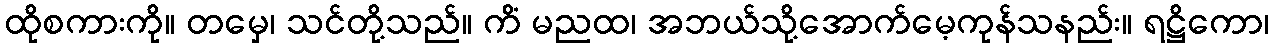
ထိုစကားကို။ တမှေ၊ သင်တို့သည်။ ကိံ မညထ၊ အဘယ်သို့အောက်မေ့ကုန်သနည်း။ ရဋ္ဌိကော၊